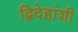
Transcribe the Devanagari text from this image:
द्विदेहांशी